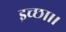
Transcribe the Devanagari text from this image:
इच्‍छा।।